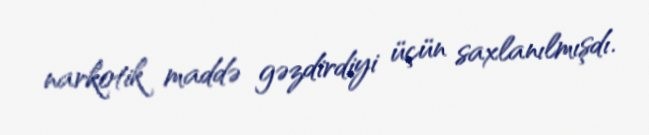
narkotik maddə gəzdirdiyi üçün saxlanılmışdı.